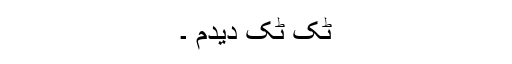
ٹک ٹک دیدم ۔